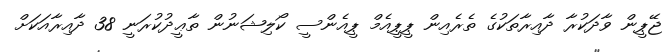
ޖޭޕީން ވާދަކުރާ ދާއިރާތަކުގެ ތެރެއިން ޕީޕީއެމް ޕީއެންސީ ކޯލިޝަނުން ތާޢީދުކުރަނީ 38 ދާއިރާއަކަށް